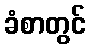
ခံစာတွင်